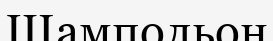
Шампольон